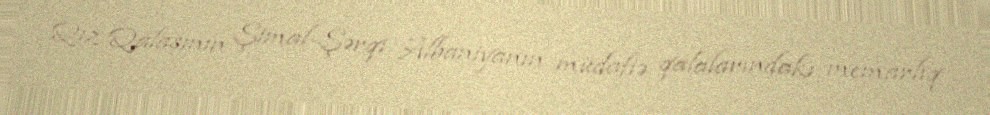
Qız Qalasının Şimal-Şərqi Albaniyanın müdafiə qalalarındakı memarlıq